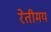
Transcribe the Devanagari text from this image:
रेतीमय